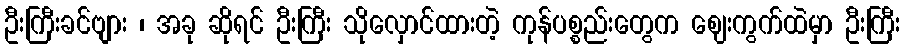
ဦးကြီးခင်ဗျား ၊ အခု ဆိုရင် ဦးကြီး သိုလှောင်ထားတဲ့ ကုန်ပစ္စည်းတွေက ဈေးကွက်ထဲမှာ ဦးကြီး